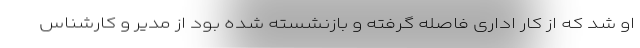
او شد که از کار اداری فاصله گرفته و بازنشسته شده بود از مدیر و کارشناس